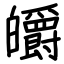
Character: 皭